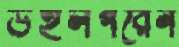
ডহলগরেন